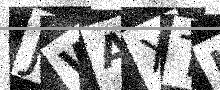
Text: JWAXTI